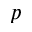
p